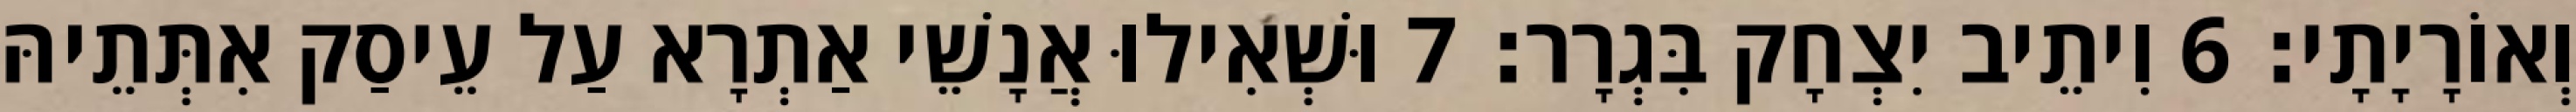
וְאוֹרָיָתָי׃ 6 וִיתֵיב יִצְחָק בִּגְרָר׃ 7 וּשְׁאִילוּ אֲנָשֵׁי אַתְרָא עַל עֵיסַק אִתְּתֵיהּ